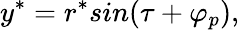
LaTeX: y^{*}=r^{*}sin(\tau+\varphi_{p}),